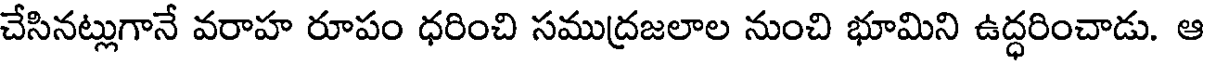
చేసినట్లుగానే వరాహ రూపం ధరించి సముద్రజలాల నుంచి భూమిని ఉద్ధరించాడు. ఆ